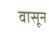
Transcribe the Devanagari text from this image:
वासून